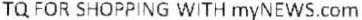
TQ FOR SHOPPING WITH MYNEWS.COM